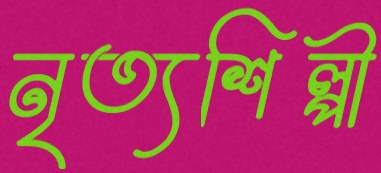
নৃত্যশিল্পী